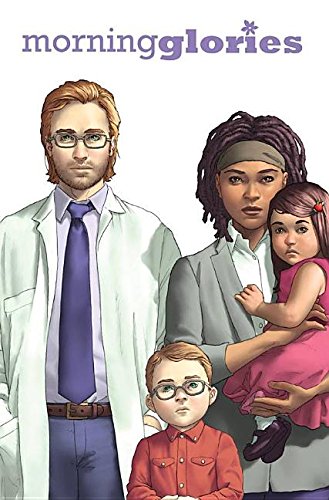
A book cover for Morning Glories Volume 9 (Morning Glories Tp); Nick Spencer; Comics & Graphic Novels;